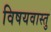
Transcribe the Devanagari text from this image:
विषयवास्तु